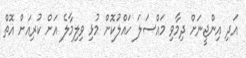
އަދި އިންޖީނަށް ދިމާވި މައްސަލަ ހައްލުކޮށް މުޅި ވިލިމާލެ އަށް ކުރިއަށް އޮތް